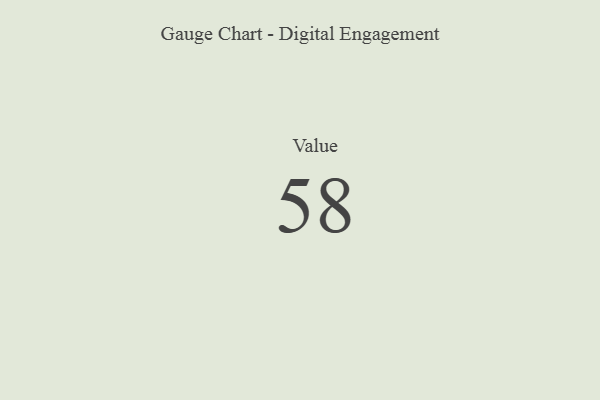
{"axis": {"x": "Metric", "y": "Value"}, "legend": [""], "data": [{"x": "Value", "y": 58, "type": ""}]}